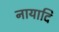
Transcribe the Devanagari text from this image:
नायादि